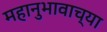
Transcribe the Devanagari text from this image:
महानुभावाच्या